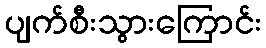
ပျက်စီးသွားကြောင်း